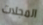
المجلات